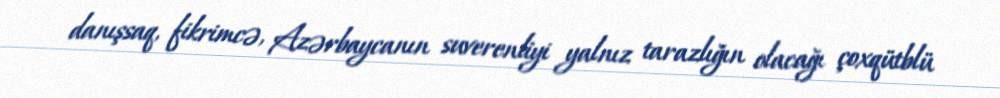
danışsaq, fikrimcə, Azərbaycanın suverenliyi yalnız tarazlığın olacağı çoxqütblü